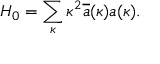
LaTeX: H _ { 0 } = \sum _ { \kappa } \kappa ^ { 2 } \overline { { { a } } } ( \kappa ) a ( \kappa ) .